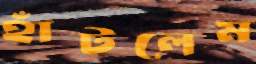
হাঁটলেম